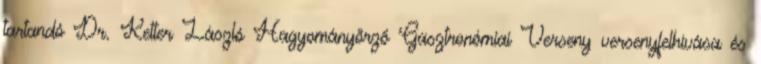
tartandó Dr. Ketter László Hagyományőrző Gasztronómiai Verseny versenyfelhívása és